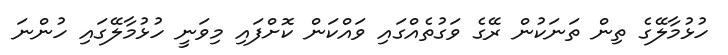
ހުޅުމާލޭގެ ތިން ތަނަކުން ރޭގެ ވަގުތެއްގައި ވައްކަން ކޮށްފައި މިވަނީ ހުޅުމާލޭގައި ހުންނަ